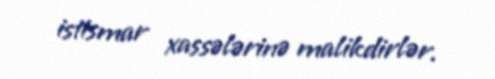
istismar xassələrinə malikdirlər.